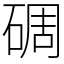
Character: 碉